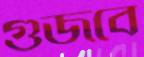
গুজবে